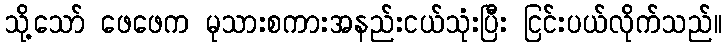
သို့သော် ဖေဖေက မုသားစကားအနည်းငယ်သုံးပြီး ငြင်းပယ်လိုက်သည်။